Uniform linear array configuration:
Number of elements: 32
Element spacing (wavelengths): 1
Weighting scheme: uniform
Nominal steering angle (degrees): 15
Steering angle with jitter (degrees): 15.077
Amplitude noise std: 0.05
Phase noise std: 0.05

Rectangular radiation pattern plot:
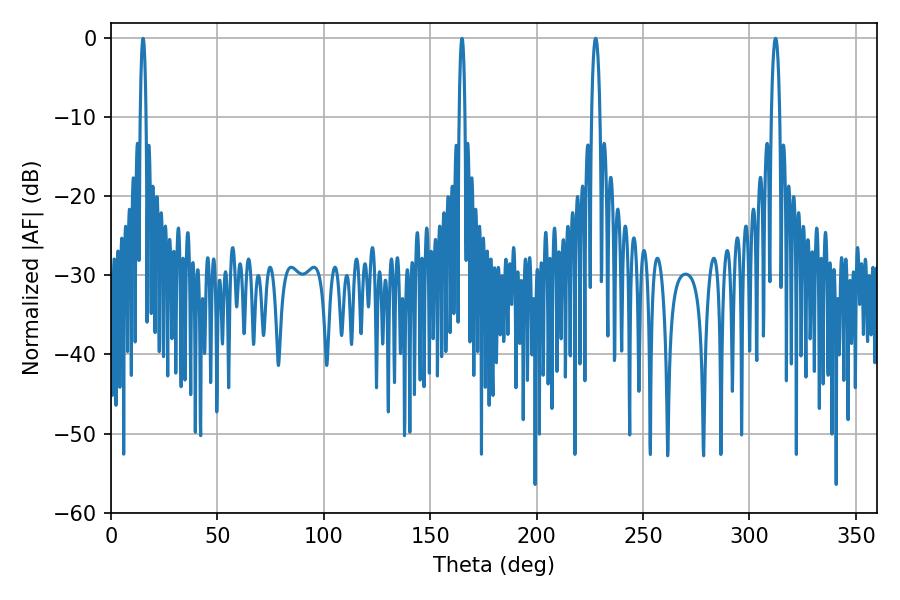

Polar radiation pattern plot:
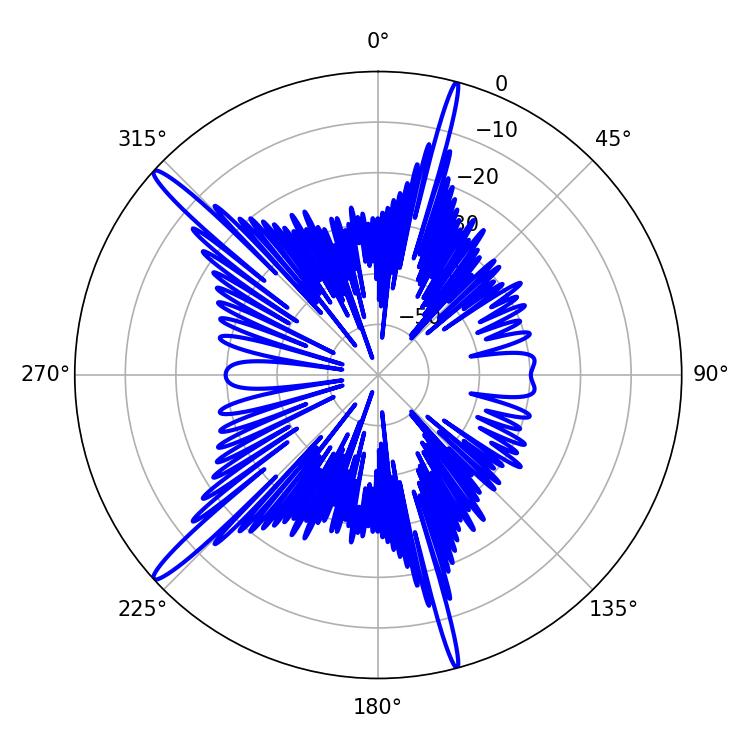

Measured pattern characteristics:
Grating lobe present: TRUE
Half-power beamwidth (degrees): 2.16
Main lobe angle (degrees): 227.7